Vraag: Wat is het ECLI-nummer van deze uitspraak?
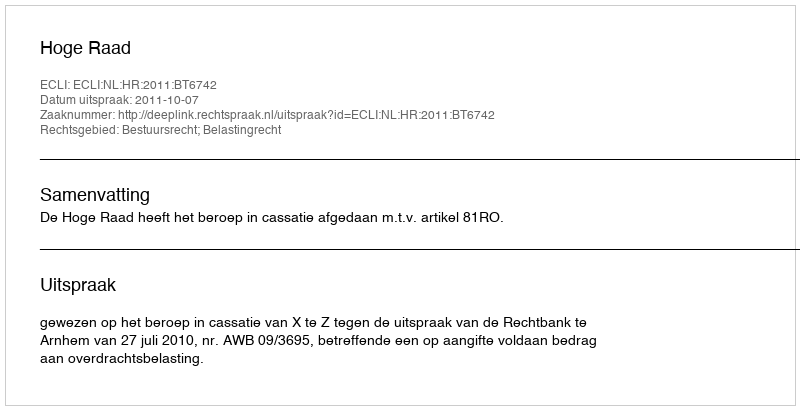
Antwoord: ECLI:NL:HR:2011:BT6742